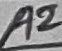
Text: a2